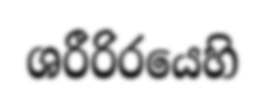
ශරීරිරයෙහි